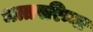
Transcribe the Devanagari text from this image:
भत्तपरिन्ना